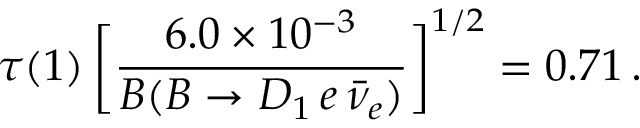
\tau ( 1 ) \, \bigg [ { \frac { 6 . 0 \times 1 0 ^ { - 3 } } { { \cal B } ( B \to D _ { 1 } \, e \, \bar { \nu } _ { e } ) } } \bigg ] ^ { 1 / 2 } = 0 . 7 1 \, .